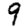
Digit: 9